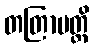
တတြာပတ္ထိ